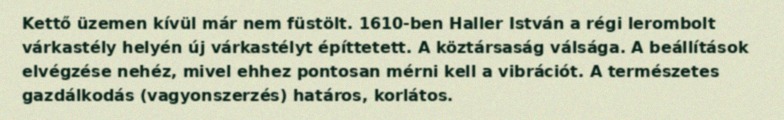
Kettő üzemen kívül már nem füstölt. 1610-ben Haller István a régi lerombolt várkastély helyén új várkastélyt építtetett. A köztársaság válsága. A beállítások elvégzése nehéz, mivel ehhez pontosan mérni kell a vibrációt. A természetes gazdálkodás (vagyonszerzés) határos, korlátos.